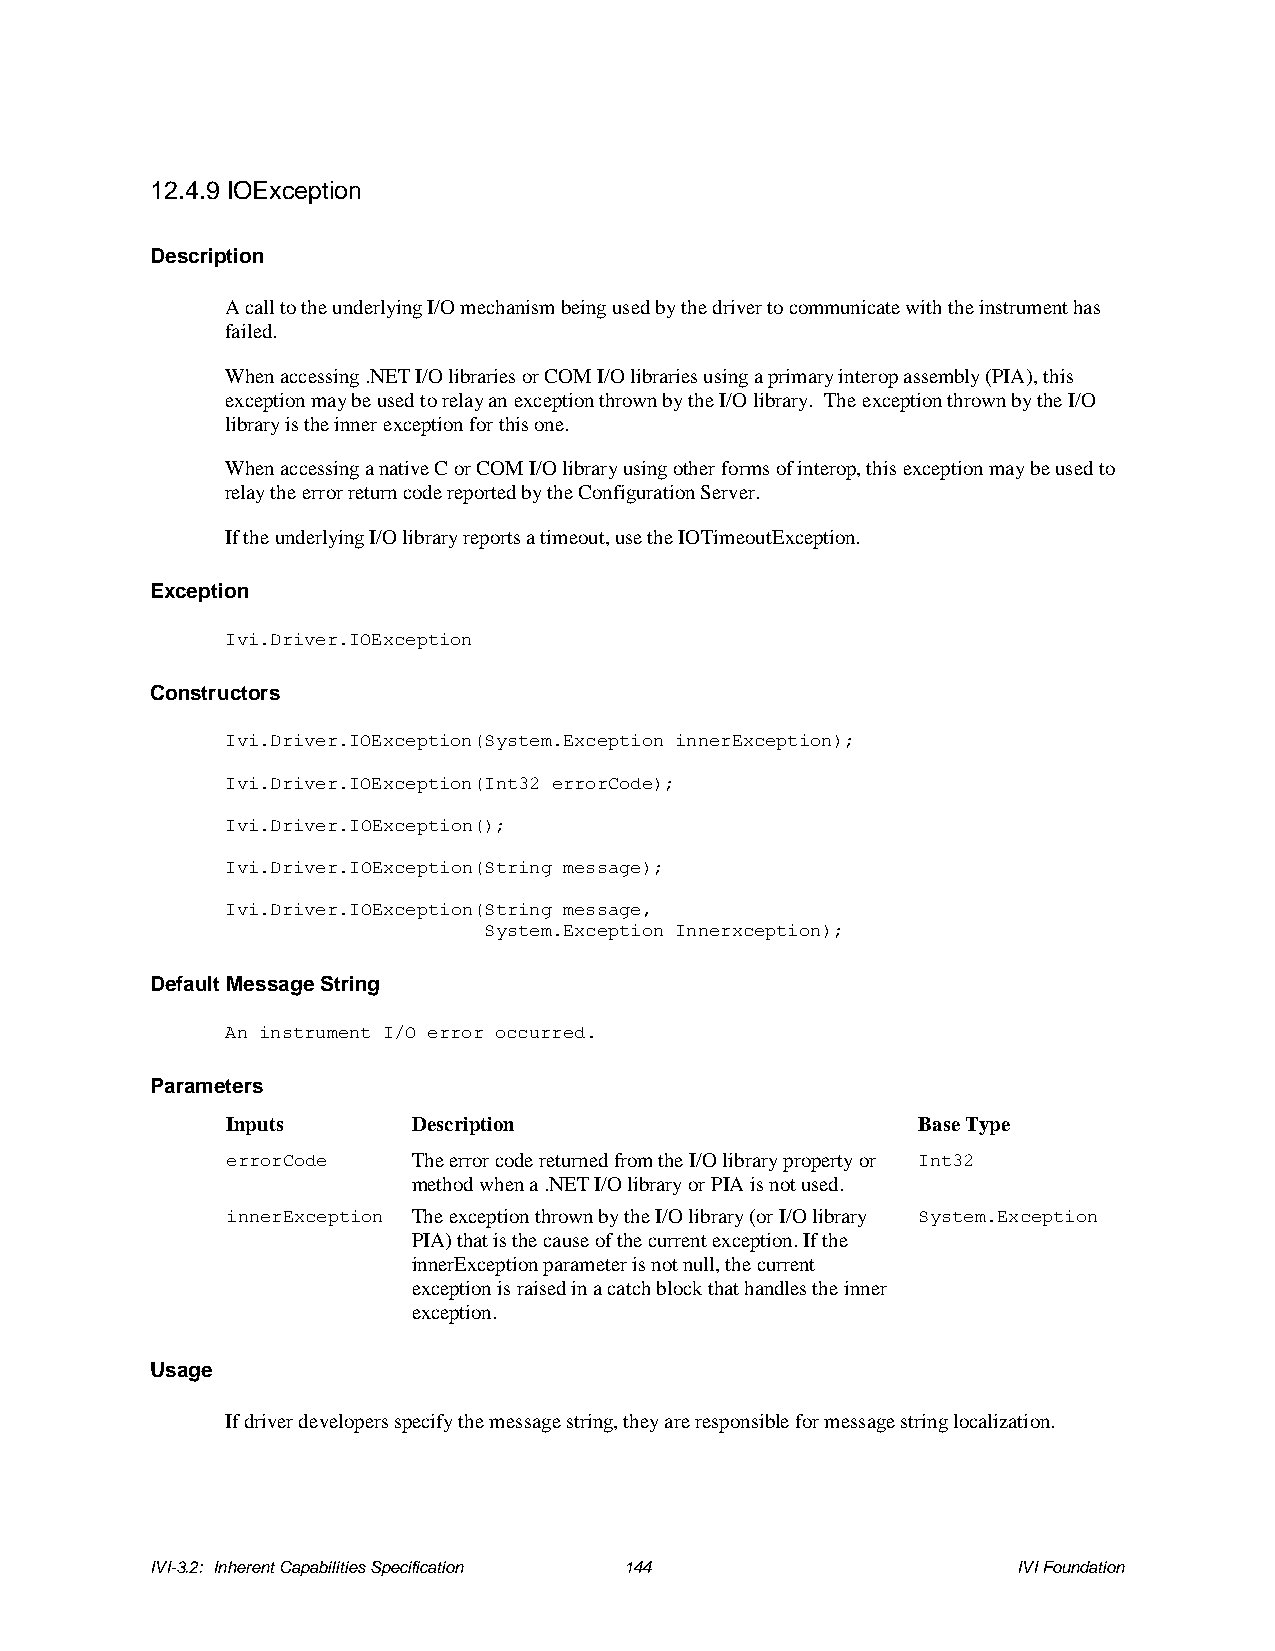
12.4.9 IOException
 Description
 A call to the underlying I/O mechanism being used by the driver to communicate with the instrument has
 failed.
 When accessing .NET I/O libraries or COM I/O libraries using a primary interop assembly (PIA), this
 exception may be used to relay an exception thrown by the I/O library. The exception thrown by the I/O
 library is the inner exception for this one.
 When accessing a native C or COM I/O library using other forms of interop, this exception may be used to
 relay the error return code reported by the Configuration Server.
 If the underlying I/O library reports a timeout, use the IOTimeoutException.
 Exception
 Ivi.Driver.IOException
 Constructors
 Ivi.Driver.IOException(System.Exception innerException);
 Ivi.Driver.IOException(Int32 errorCode);
 Ivi.Driver.IOException();
 Ivi.Driver.IOException(String message);
 Ivi.Driver.IOException(String message,
 System.Exception Innerxception);
 Default Message String
 An instrument I/O error occurred.
 Parameters
 Inputs      Description                       Base Type
 errorCode   The error code returned from the I/O library property or Int32
 method when a .NET I/O library or PIA is not used.
 innerException The exception thrown by the I/O library (or I/O library System.Exception
 PIA) that is the cause of the current exception. If the
 innerException parameter is not null, the current
 exception is raised in a catch block that handles the inner
 exception.
 Usage
 If driver developers specify the message string, they are responsible for message string localization.
 IVI-3.2: Inherent Capabilities Specification 144         IVI Foundation